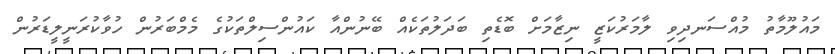
މައުލޫމާތު މުއްސަނދިވި ލާމަރުކަޒީ ނިޒާމަށް ބޮޑެތި ބަދަލުތަކެއް ބޭނުންއާ ކައުންސިލްތަކުގެ މެމްބަރުން ހުވާކުރަނީލީޑަރުން